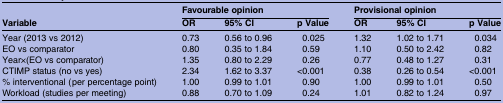
<table><thead><tr><td></td><td colspan="3"><b>Favourable opinion</b></td><td colspan="3"><b>Provisional opinion</b></td></tr><tr><td><b>Variable</b></td><td><b>OR</b></td><td><b>95% CI</b></td><td><b>p Value</b></td><td><b>OR</b></td><td><b>95% CI</b></td><td><b>p Value</b></td></tr></thead><tbody><tr><td>Year (2013 vs 2012)</td><td>0.73</td><td>0.56 to 0.96</td><td>0.025</td><td>1.32</td><td>1.02 to 1.71</td><td>0.034</td></tr><tr><td>EO vs comparator</td><td>0.80</td><td>0.35 to 1.84</td><td>0.59</td><td>1.10</td><td>0.50 to 2.42</td><td>0.82</td></tr><tr><td>Year×(EO vs comparator)</td><td>1.35</td><td>0.80 to 2.29</td><td>0.26</td><td>0.77</td><td>0.48 to 1.27</td><td>0.31</td></tr><tr><td>CTIMP status (no vs yes)</td><td>2.34</td><td>1.62 to 3.37</td><td>&lt;0.001</td><td>0.38</td><td>0.26 to 0.54</td><td>&lt;0.001</td></tr><tr><td>% interventional (per percentage point)</td><td>1.00</td><td>0.99 to 1.01</td><td>0.90</td><td>1.00</td><td>0.99 to 1.01</td><td>0.50</td></tr><tr><td>Workload (studies per meeting)</td><td>0.88</td><td>0.70 to 1.09</td><td>0.24</td><td>1.01</td><td>0.82 to 1.24</td><td>0.97</td></tr></tbody></table>